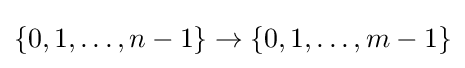
{\{0,1,\dots ,n-1\}}\to {\{0,1,\dots ,m-1\}}